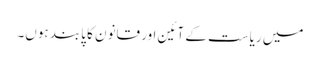
میں ریاست کے آئین اور قانون کا پابند ہوں۔